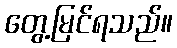
တွေ့မြင်ရသည်။